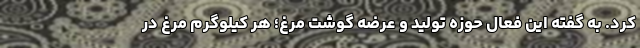
کرد. به گفته این فعال حوزه تولید و عرضه گوشت مرغ؛ هر کیلوگرم مرغ در